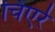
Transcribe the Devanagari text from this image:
चिएर्र